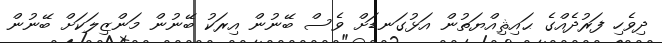
ދިވެހި ފަރުދެއްގެ ޙައިޘިއްޔަތުން އަޅުގަނޑަށް ވެސް ބޭނުން އިރަކު ބޭނުން މަންޒިލަކަށް ބޭނުން